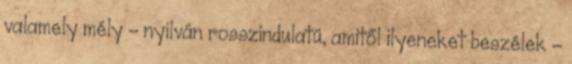
valamely mély - nyilván rosszindulatú, amitől ilyeneket beszélek -